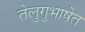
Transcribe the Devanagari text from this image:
तेलुगुभाषेत